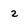
Character: 2